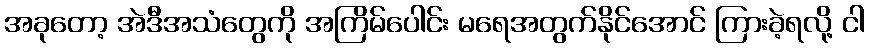
အခုတော့ အဲဒီအသံတွေကို အကြိမ်ပေါင်း မရေအတွက်နိုင်အောင် ကြားခဲ့ရလို့ ငါ